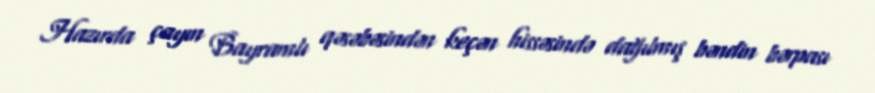
Hazırda çayın Bayramlı qəsəbəsindən keçən hissəsində dağılmış bəndin bərpası